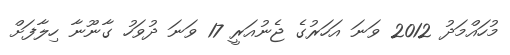
މުހައްމަދު 2012 ވަނަ އަހަރުގެ ޖެނުއަރީ 17 ވަނަ ދުވަހު ގާނޫނާ ހިލާފަށް